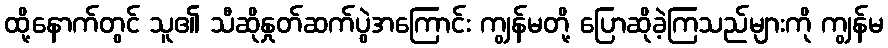
ထို့နောက်တွင် သူ၏ သီဆိုနှုတ်ဆက်ပွဲအကြောင်း ကျွန်မတို့ ပြောဆိုခဲ့ကြသည်များကို ကျွန်မ